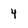
Character: 4